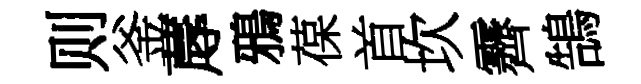
则釜蓐鴉葆首坎霽鵠